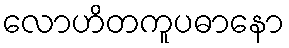
လောဟိတကူပဓာနော